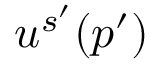
u ^ { s ^ { \prime } } ( p ^ { \prime } )